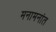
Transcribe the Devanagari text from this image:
मनामनांत